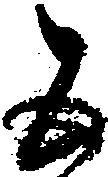
五